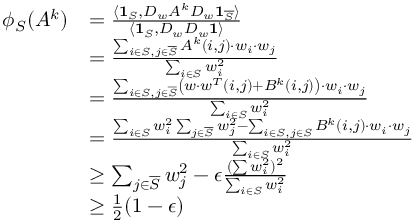
\begin{array} { r l } { \phi _ { S } ( A ^ { k } ) } & { = \frac { \langle \mathbf { 1 } _ { S } , D _ { w } A ^ { k } D _ { w } \mathbf { 1 } _ { \overline { { S } } } \rangle } { \langle \mathbf { 1 } _ { S } , D _ { w } D _ { w } \mathbf { 1 } \rangle } } \\ & { = \frac { \sum _ { i \in S , j \in \overline { { S } } } A ^ { k } ( i , j ) \cdot w _ { i } \cdot w _ { j } } { \sum _ { i \in S } w _ { i } ^ { 2 } } } \\ & { = \frac { \sum _ { i \in S , j \in \overline { { S } } } \left( w \cdot w ^ { T } ( i , j ) + B ^ { k } ( i , j ) \right) \cdot w _ { i } \cdot w _ { j } } { \sum _ { i \in S } w _ { i } ^ { 2 } } } \\ & { = \frac { \sum _ { i \in S } w _ { i } ^ { 2 } \sum _ { j \in \overline { { S } } } w _ { j } ^ { 2 } - \sum _ { i \in S , j \in S } B ^ { k } ( i , j ) \cdot w _ { i } \cdot w _ { j } } { \sum _ { i \in S } w _ { i } ^ { 2 } } } \\ & { \geq \sum _ { j \in \overline { { S } } } w _ { j } ^ { 2 } - \epsilon \frac { ( \sum w _ { i } ^ { 2 } ) ^ { 2 } } { \sum _ { i \in S } w _ { i } ^ { 2 } } } \\ & { \geq \frac { 1 } { 2 } ( 1 - \epsilon ) } \end{array}